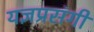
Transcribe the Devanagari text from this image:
यज्ञप्रसंगीं